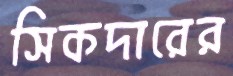
সিকদারের